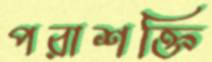
পরাশক্তি